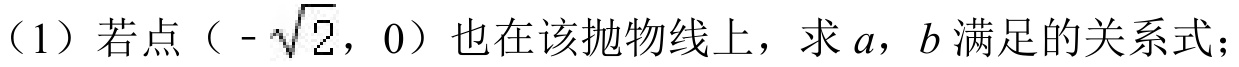
（1）若点（\(-\sqrt{2},0\)）也在该抛物线上，求\(a\)，\(b\)满足的关系式；